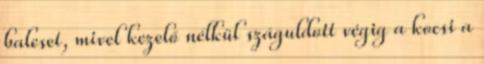
baleset, mivel kezelő nélkül száguldott végig a kocsi a